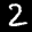
Label: 2